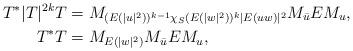
LaTeX: \begin{align*}T^{\ast}|T|^{2k}T&=M_{(E(|u|^{2}))^{k-1}\chi_{S}(E(|w|^{2}))^{k}|E(uw)|^2}M_{\bar{u}}EM_{u},\\T^{\ast}T&=M_{E(|w|^{2})}M_{\bar{u}}EM_{u},\\\end{align*}